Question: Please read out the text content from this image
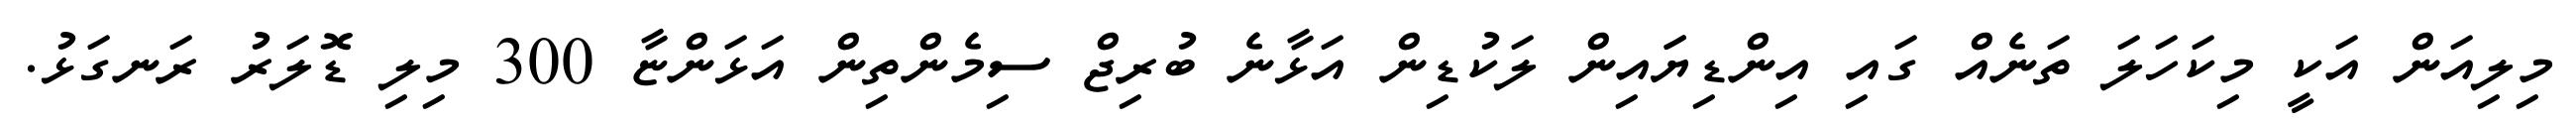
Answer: މިލިއަން އަކީ މިކަހަލަ ތަނެއް ގައި އިންޑިޔަައިން ލަކުޑިން އަޅާނެ ބުރިޖް ސިމެންތިން އަޅަންޏާ 300 މިލި ޑޮލަރު ރަނގަޅު.